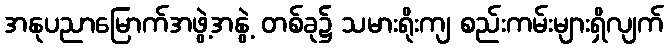
အနုပညာမြောက်အဖွဲ့အနွဲ့ တစ်ခု၌ သမားရိုးကျ စည်းကမ်းများရှိလျက်